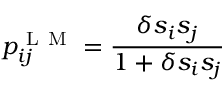
p _ { i j } ^ { \mathrm { ~ L ~ M ~ } } = \frac { \delta s _ { i } s _ { j } } { 1 + \delta s _ { i } s _ { j } }